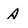
Character: A